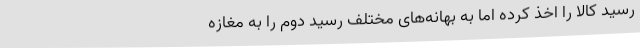
رسید کالا را اخذ کرده اما به بهانه‌های مختلف رسید دوم را به مغازه